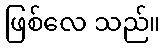
ဖြစ်လေ သည်။